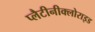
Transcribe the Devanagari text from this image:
प्लैटीनीक्लोराइड